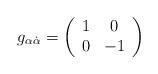
LaTeX: \begin{align*}g_{\alpha{\dot \alpha}}=\left( \begin{array}{cc} 1 & 0 \\ 0 & -1 \end{array}\right)\end{align*}